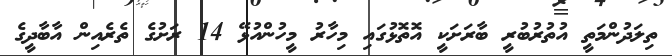
ތިލަދުންމަތީ އުތުރުބުރީ ބާރަށަކީ އޮތޮޅުގައި މިހާރު މީހުންއުޅޭ 14 ރަށުގެ ތެރެއިން އާބާދީގެ